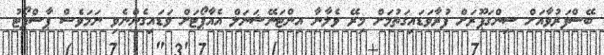
ބޭސްފަރުވާއަށް ސިންގަޕޫރަށް ފުރާވަޑައިގަތުމަށް މިރޭ ވެލާނާ އިންޓަނޭޝަނަލް އެއާޕޯޓަށް ވަޑައިގެންނެވި ނަމަވެސް ޕާސްޕޯޓު